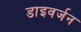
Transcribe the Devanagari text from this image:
डाइवर्जन